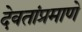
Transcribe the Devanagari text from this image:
देवतांप्रमाणे